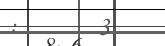
:      3